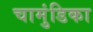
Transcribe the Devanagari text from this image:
चामुंडिका